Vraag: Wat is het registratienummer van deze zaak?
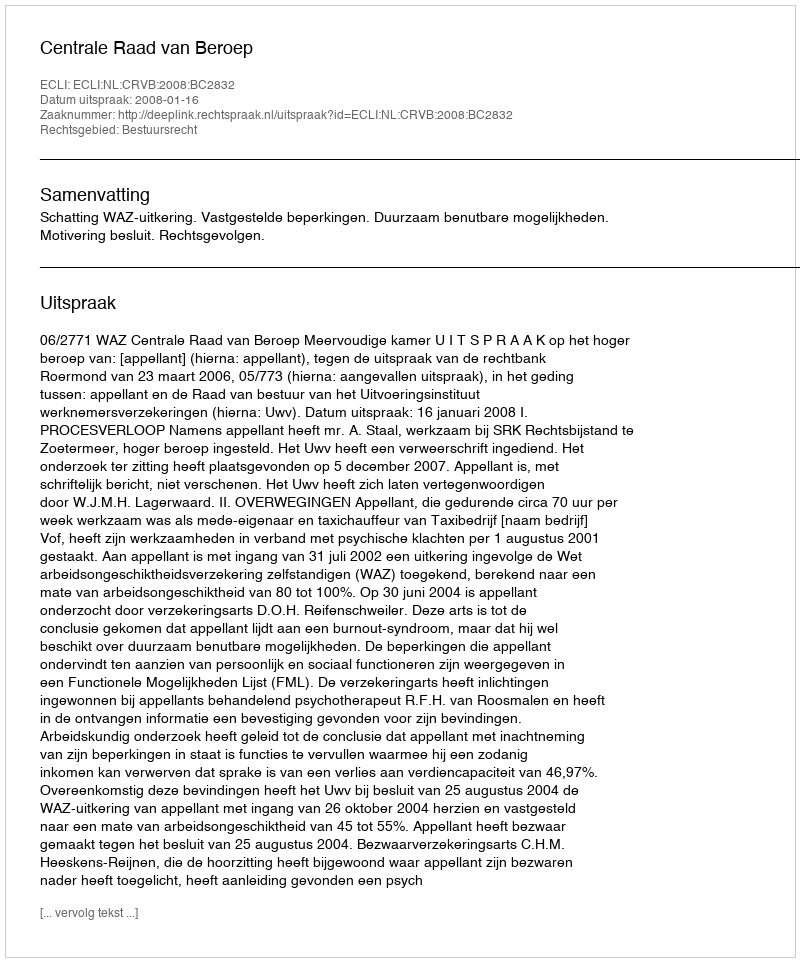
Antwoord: http://deeplink.rechtspraak.nl/uitspraak?id=ECLI:NL:CRVB:2008:BC2832